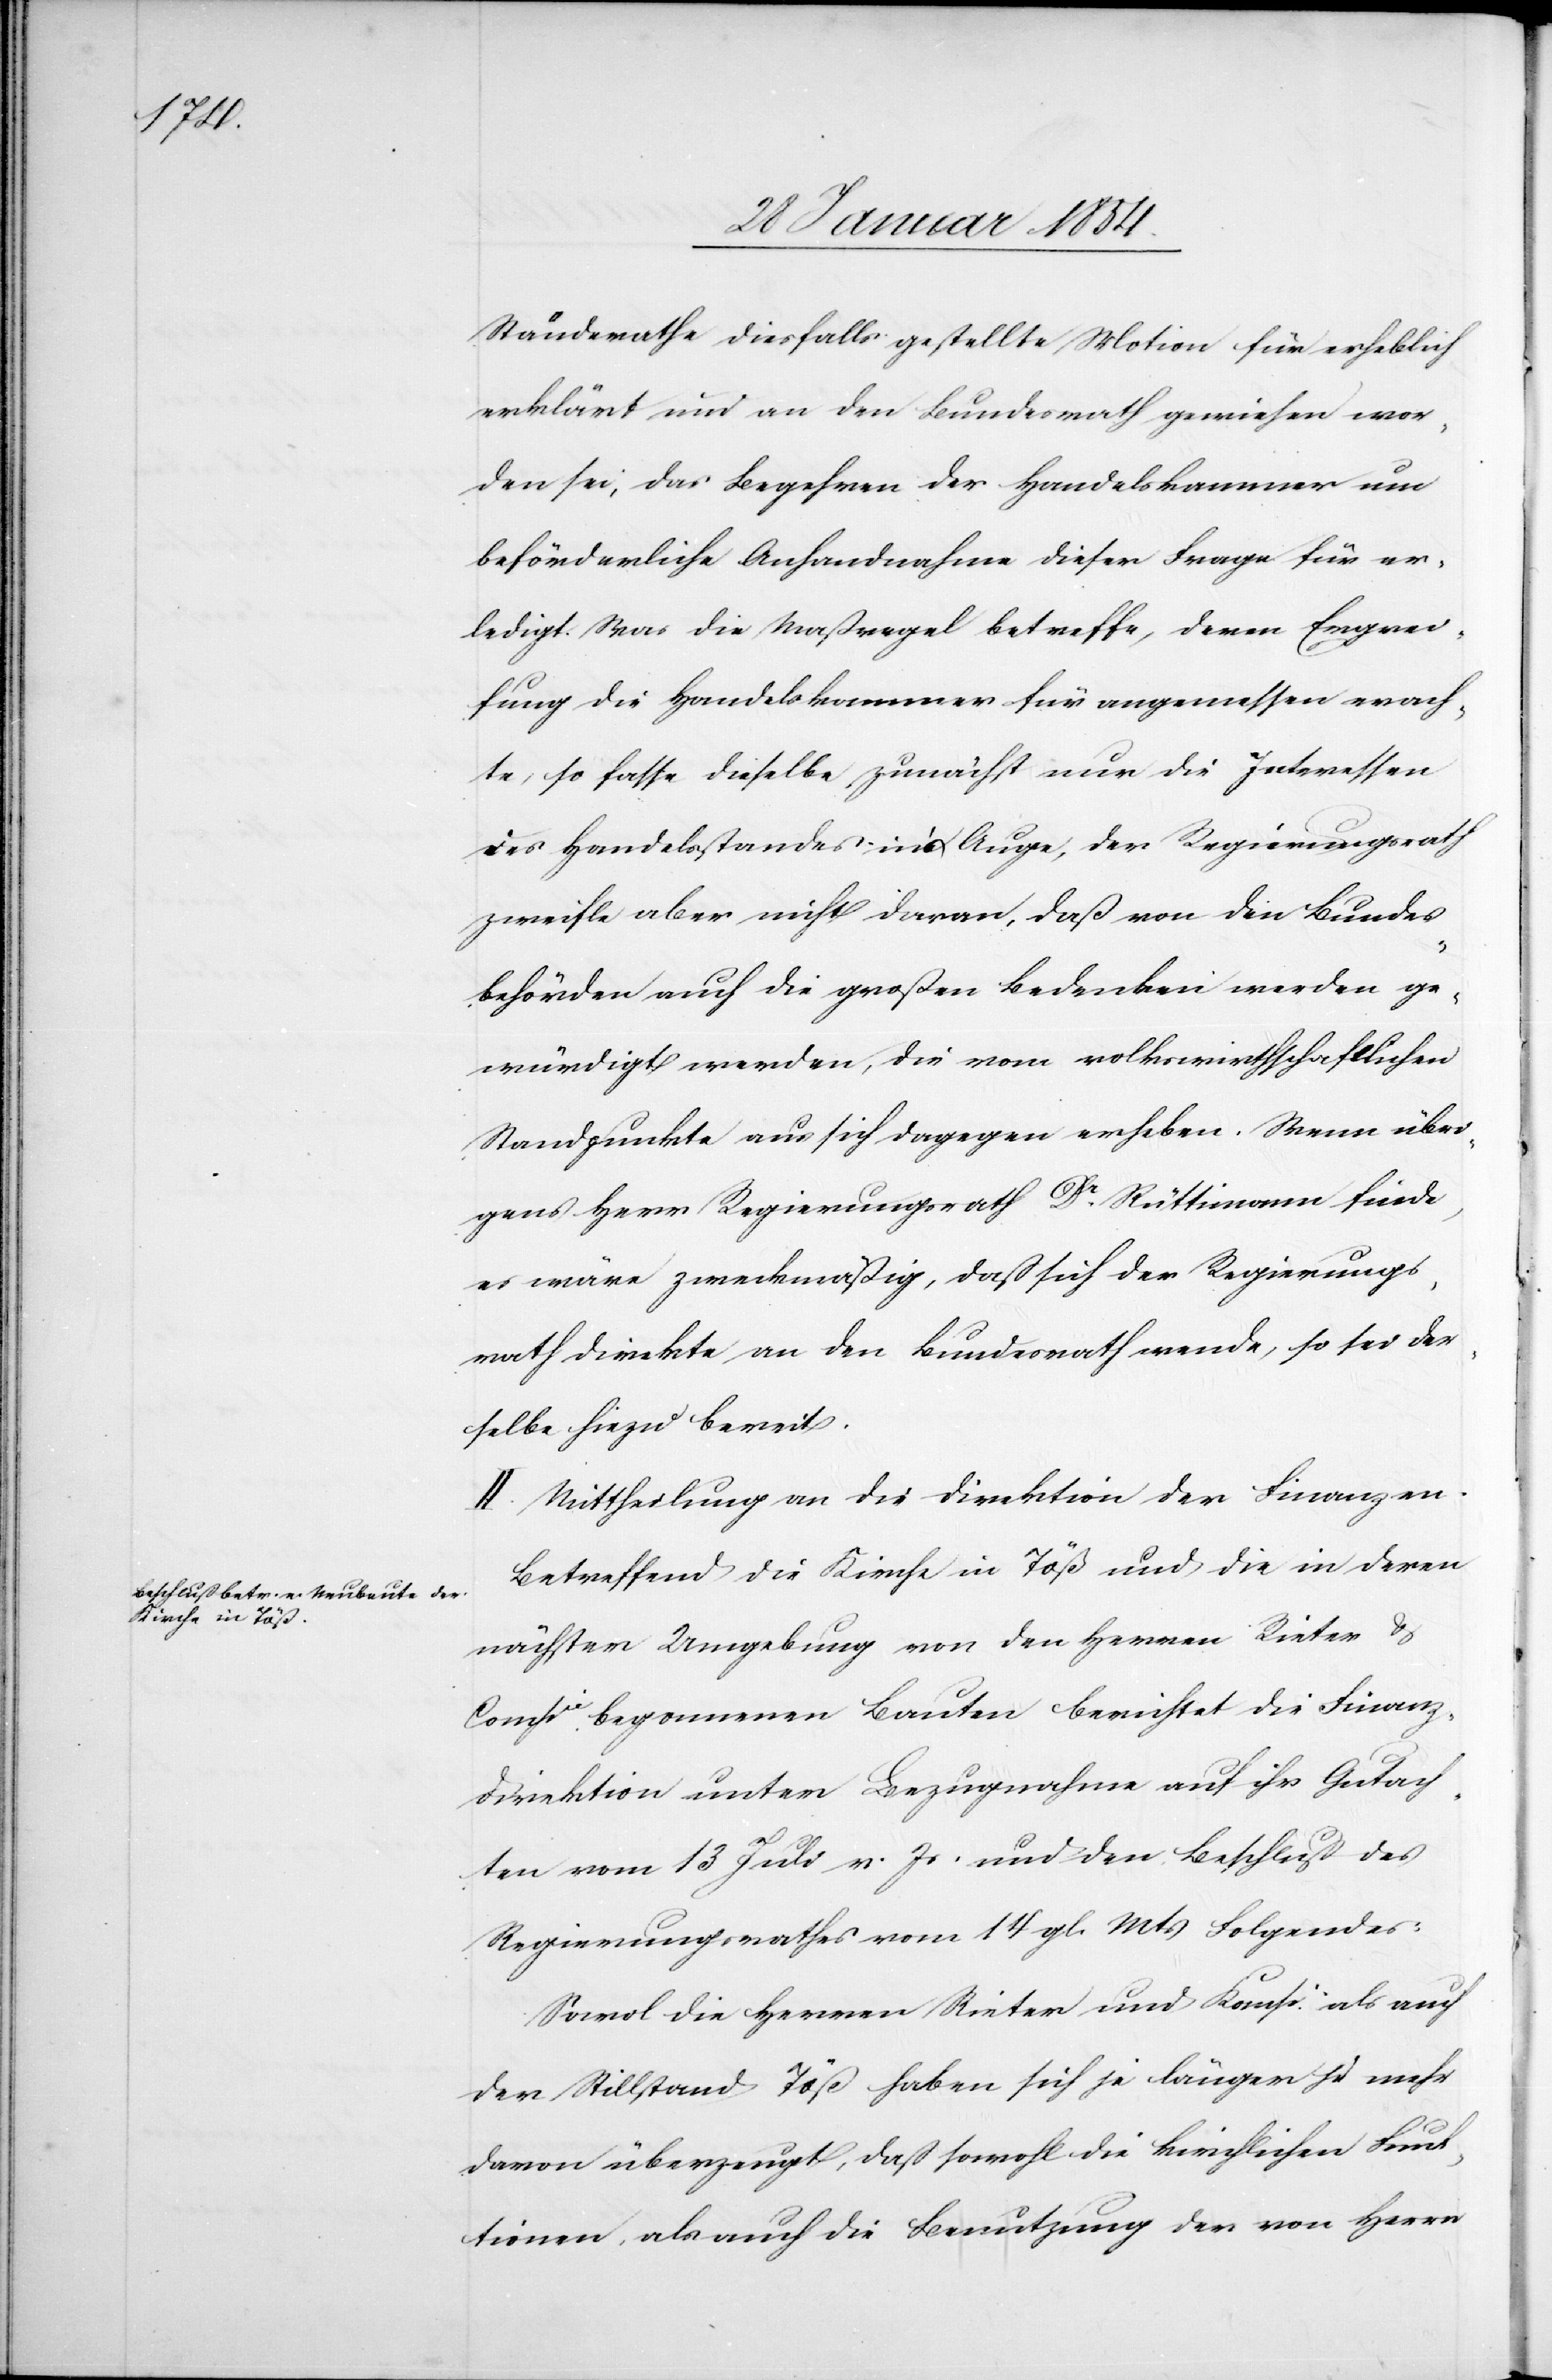
Ständerathe diesfalls gestellte Motion für erheblich
erklärt und an den Bundesrath gewiesen wor¬
den sei; das Begehren der Handelskammer um
beförderliche Anhandnahme dieser Frage für er¬
ledigt. Was die Maßregel betreffe, deren Ergrei¬
fung die Handelskammer für angemessen erach¬
te, so fasse dieselbe zunächst nur die Interessen
des Handelsstandes ins Auge, der Regierungsrath
zweifle aber nicht daran, daß von den Bundes¬
behörden auch die großen Bedenken werden ge¬
würdigt werden, die vom volkswirthschaftlichen
Standpunkte aus sich dagegen erheben. Wenn übri¬
gens Herr Regierungsrath Dr Rüttimann finde,
es wäre zweckmäßig, daß sich der Regierungs¬
rath direkte an den Bundesrath wende, so sei der¬
selbe hiezu bereit.
II. Mittheilung an die Direktion der Finanzen.
Betreffend die Kirche in Töß und die in deren
nächster Umgebung von den Herren Rieter &
Compie begonnenen Bauten berichtet die Finanz¬
direktion unter Bezugnahme auf ihr Gutach¬
ten vom 13 Juli v. Js. und den Beschluß des
Regierungsrathes vom 14 gl. Mts Folgendes:
Sowol die Herren Rieter und Comp. als auch
der Stillstand Töß haben sich je länger je mehr
davon überzeugt, daß sowohl die kirchlichen Funk¬
tionen, als auch die Benutzung der von Herrn